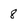
Character: 8